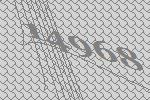
14968